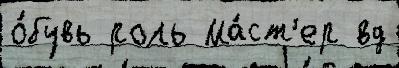
о́бувь роль Ма́ст'ер вд